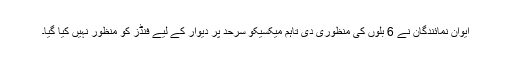
ایوان نمائندگان نے 6 بلوں کی منظوری دی تاہم میکسیکو سرحد پر دیوار کے لیے فنڈز کو منظور نہیں کیا گیا۔